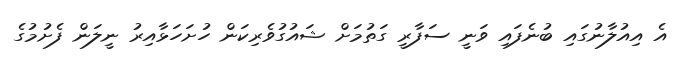
އެ އިއުލާނުގައި ބުނެފައި ވަނީ ސަފާރީ ގަތުމަށް ޝައުގުވެރިކަން ހުށަހަޅާއިރު ނީލަން ފެށުމުގެ